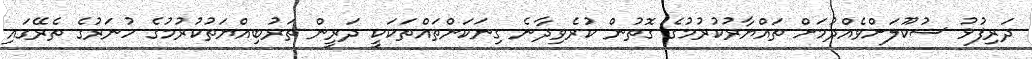
ދަރިފުޅު ސުކޫލަށްވެއްދުމަށް ތައްޔާރުކުރުމުގެ ގޮތުން ކުރެވިދާނެ ގިނަކަންތައްތަކަކީ ދަރީން ތަރުބިއްޔަތުކުރުމުގެ ހުނަރުގެ ތެރޭގައި